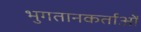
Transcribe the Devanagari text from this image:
भुगतानकर्ताओं